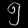
Digit: ၅